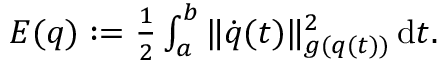
\begin{array} { r } { E ( q ) : = \frac { 1 } { 2 } \int _ { a } ^ { b } \| \dot { q } ( t ) \| _ { g ( q ( t ) ) } ^ { 2 } \, \mathrm { d } t . } \end{array}